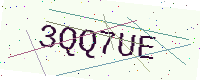
Text: 3QQ7UE